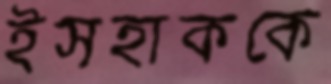
ইসহাককে